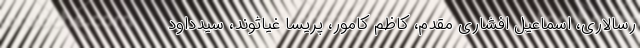
رسالاری، اسماعیل افشاری مقدم، کاظم کامور، پریسا غیاثوند، سیدداود